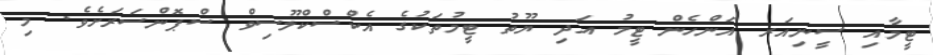
ޓީމާއި ސީނިއަރ އަންހެން ޓީމު އަދި ޔޫތު ޓީމުތަކުގެ އެކްސްކްލޫސިވް ސްޕޮންސަރަށެވެ. މި